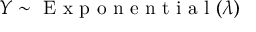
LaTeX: Y \sim { \textrm { E x p o n e n t i a l } } ( \lambda )